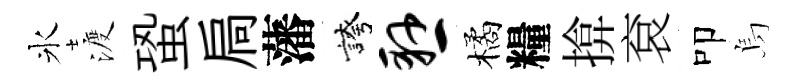
氷渡蛩扃藩誇悬橘糧揜袞叩烏